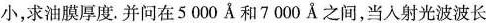
小，求油膜厚度。并问在5000A和7000A之间，当入射光波波长